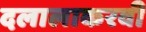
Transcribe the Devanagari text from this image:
दलालाकरवी